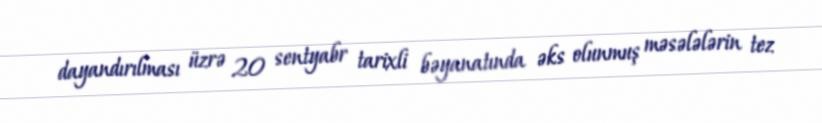
dayandırılması üzrə 20 sentyabr tarixli bəyanatında əks olunmuş məsələlərin tez